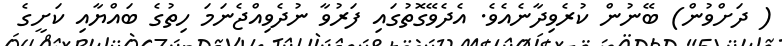
( ދަށްވުން) ބޭނުން ކުރެވިދާނެއެވެ. އެދެވޭގޮތުގައި ފަރުވާ ނުދެވިއްޖެނަމަ ހިތުގެ ބައްޔާއި ކަށީގެ